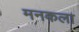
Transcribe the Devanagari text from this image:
मनकला